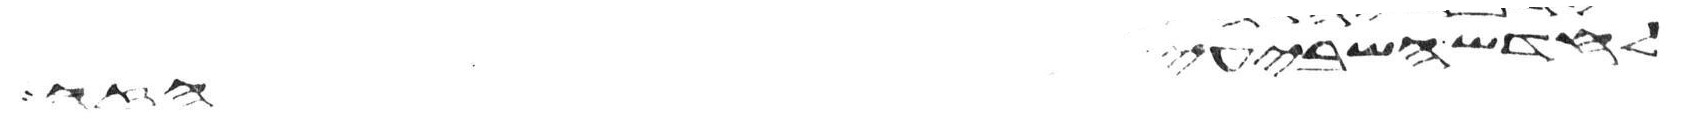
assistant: לחדש השביעי הזה